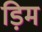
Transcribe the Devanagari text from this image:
ड़िम